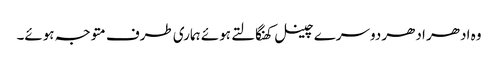
وہ ادھر ادھر دوسرے چینل کھنگالتے ہوئے ہماری طرف متوجہ ہوئے۔